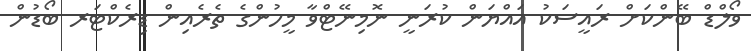
ވޯލްޑް ބޭންކަށް ރައީސަކު އައްޔަން ކުރަނީ ނޮމިނޭޓްވާ މީހުންގެ ތެރެއިން ޑިރެކްޓަރ ބޯޑުން